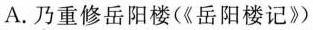
A. 乃重修岳阳楼(《岳阳楼记》)